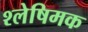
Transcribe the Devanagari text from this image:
श्लेषिमक